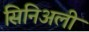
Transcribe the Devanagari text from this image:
सिनिअली